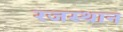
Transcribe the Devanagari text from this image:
रजस्थान